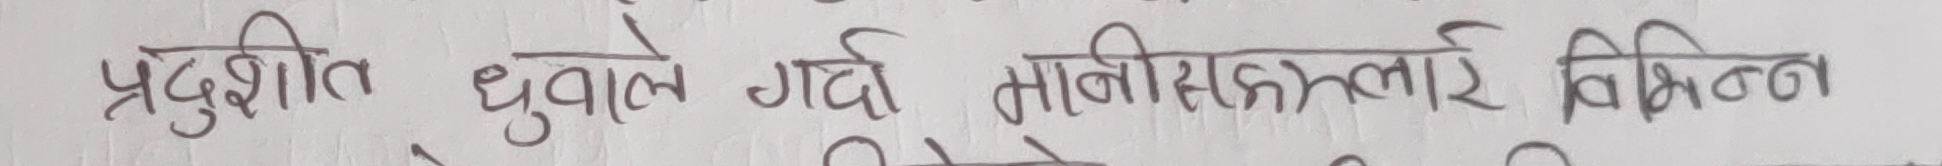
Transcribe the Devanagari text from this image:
प्रदुशित धुवा" गदी मानीसहरुलाई विभिन्न